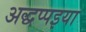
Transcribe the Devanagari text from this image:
अद्धप्पइया